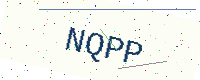
Text: NQPP